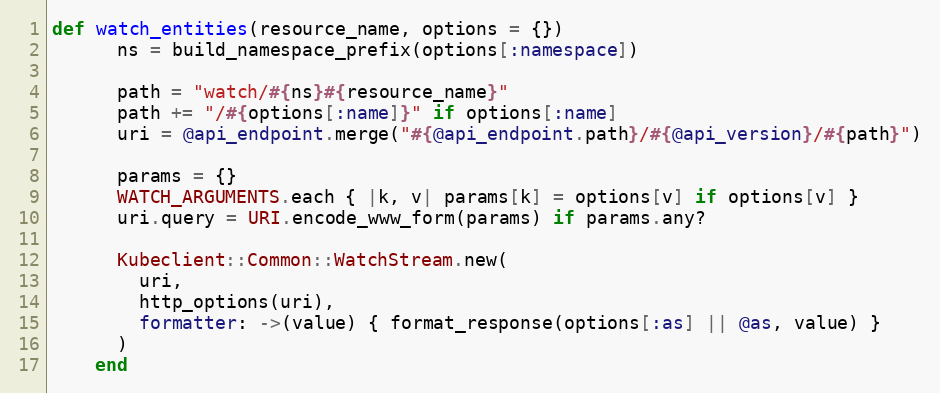
Language: Ruby
def watch_entities(resource_name, options = {})
      ns = build_namespace_prefix(options[:namespace])

      path = "watch/#{ns}#{resource_name}"
      path += "/#{options[:name]}" if options[:name]
      uri = @api_endpoint.merge("#{@api_endpoint.path}/#{@api_version}/#{path}")

      params = {}
      WATCH_ARGUMENTS.each { |k, v| params[k] = options[v] if options[v] }
      uri.query = URI.encode_www_form(params) if params.any?

      Kubeclient::Common::WatchStream.new(
        uri,
        http_options(uri),
        formatter: ->(value) { format_response(options[:as] || @as, value) }
      )
    end